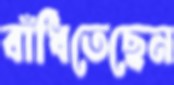
বাঁধিতেছেন